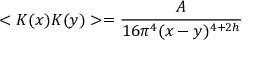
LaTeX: < K ( x ) K ( y ) > = \frac { A } { 1 6 \pi ^ { 4 } ( x - y ) ^ { 4 + 2 h } }